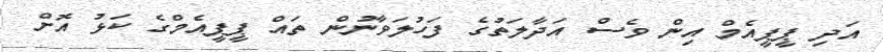
އަދި ޕީޕީއެމް އިން ވެސް އަދާލަތުގެ ފަހުލަވާނުން ތައް ޕީޕީއެމްގެ ކަޅު އޮށް